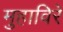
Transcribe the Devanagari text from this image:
मुहाविरे